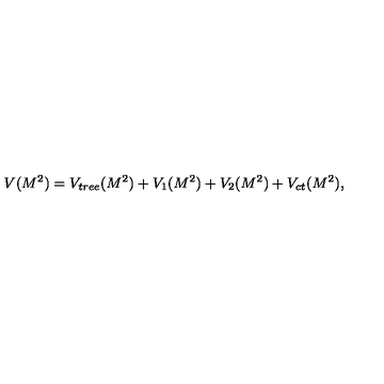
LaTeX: V ( M ^ { 2 } ) = V _ { t r e e } ( M ^ { 2 } ) + V _ { 1 } ( M ^ { 2 } ) + V _ { 2 } ( M ^ { 2 } ) + V _ { c t } ( M ^ { 2 } ) ,